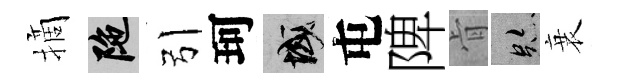
摘陀引珂域屯陴肻跡衰